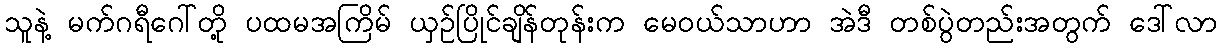
သူနဲ့ မက်ဂရီဂေါ်တို့ ပထမအကြိမ် ယှဉ်ပြိုင်ချိန်တုန်းက မေဝယ်သာဟာ အဲဒီ တစ်ပွဲတည်းအတွက် ဒေါ်လာ